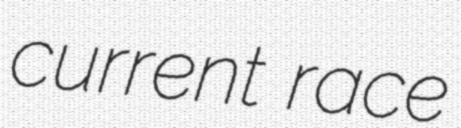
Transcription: current race